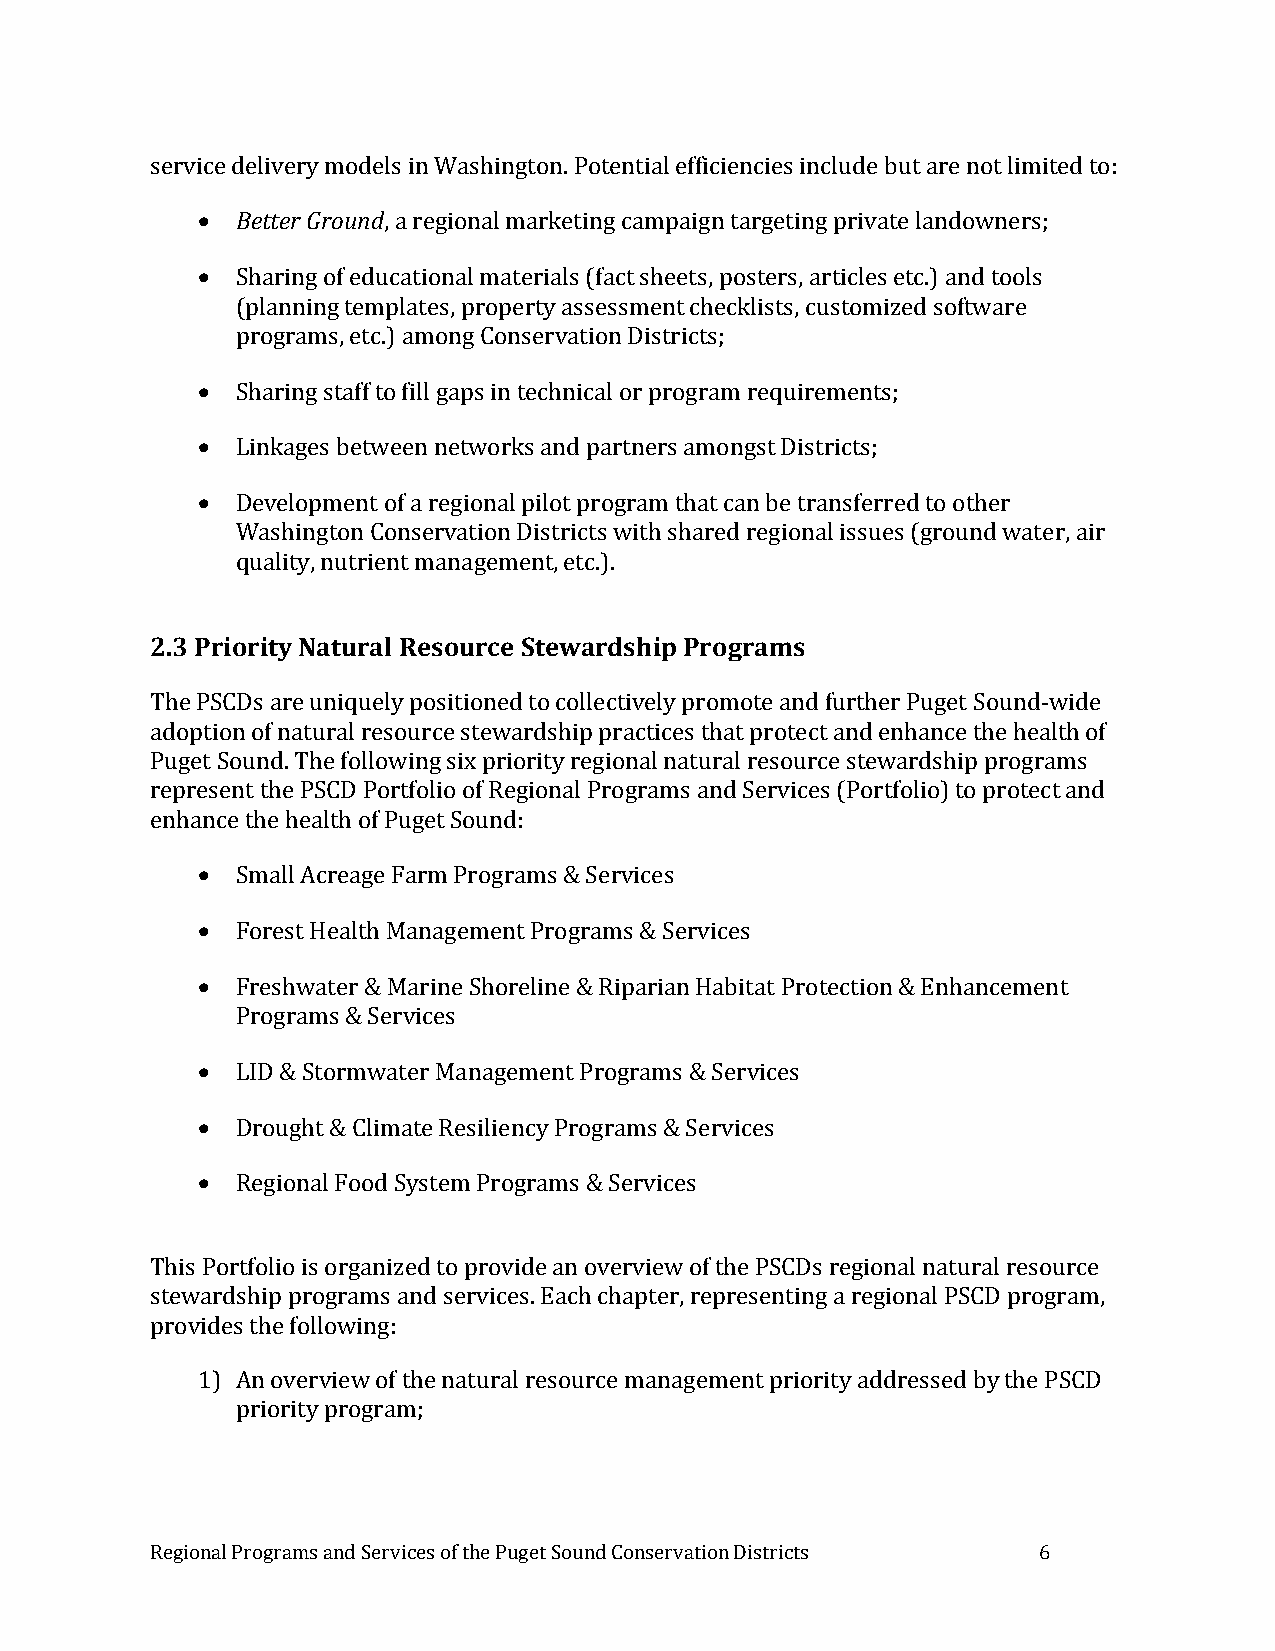
service delivery models in Washington. Potential efficiencies include but are not limited to:
   Better Ground, a regional marketing campaign targeting private landowners;
   Sharing of educational materials (fact sheets, posters, articles etc.) and tools
 (planning templates, property assessment checklists, customized software
 programs, etc.) among Conservation Districts;
   Sharing staff to fill gaps in technical or program requirements;
   Linkages between networks and partners amongst Districts;
   Development of a regional pilot program that can be transferred to other
 Washington Conservation Districts with shared regional issues (ground water, air
 quality, nutrient management, etc.).
 2.3 Priority Natural Resource Stewardship Programs
 The PSCDs are uniquely positioned to collectively promote and further Puget Sound-wide
 adoption of natural resource stewardship practices that protect and enhance the health of
 Puget Sound. The following six priority regional natural resource stewardship programs
 represent the PSCD Portfolio of Regional Programs and Services (Portfolio) to protect and
 enhance the health of Puget Sound:
   Small Acreage Farm Programs & Services
   Forest Health Management Programs & Services
   Freshwater & Marine Shoreline & Riparian Habitat Protection & Enhancement
 Programs & Services
   LID & Stormwater Management Programs & Services
   Drought & Climate Resiliency Programs & Services
   Regional Food System Programs & Services
 This Portfolio is organized to provide an overview of the PSCDs regional natural resource
 stewardship programs and services. Each chapter, representing a regional PSCD program,
 provides the following:
 1) An overview of the natural resource management priority addressed by the PSCD
 priority program;
 Regional Programs and Services of the Puget Sound Conservation Districts 6